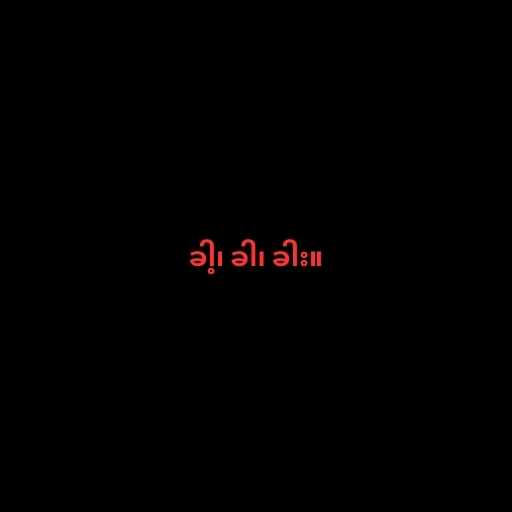
ခါ့၊ ခါ၊ ခါး။